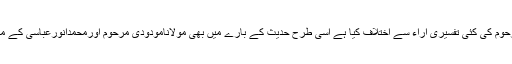
ان خطوط میں انہوں نے مولانا مودودی مرحوم کی کئی تفسیری آراء سے اختلاف کیا ہے اسی طرح حدیث کے بارے میں بھی مولانامودودی مرحوم اورمحمدانورعباسی کے مابین طویل بحث مباحثہ کتاب کا حصہ ہے۔